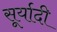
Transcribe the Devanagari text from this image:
सूर्यादी